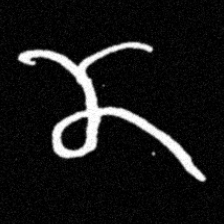
Pyu character \u2014 Myanmar letter: ဏ (romanized: nna)